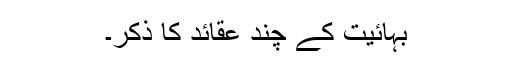
بہائیت کے چند عقائد کا ذکر۔